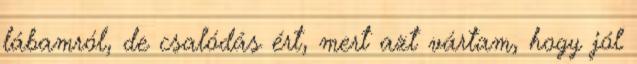
lábamról, de csalódás ért, mert azt vártam, hogy jól